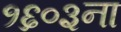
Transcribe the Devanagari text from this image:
१६०३ना